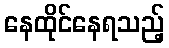
နေထိုင်နေရသည့်